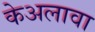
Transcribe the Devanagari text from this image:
केअलावा